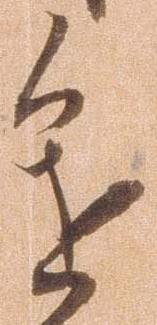
進